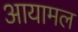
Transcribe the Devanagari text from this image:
आयामल